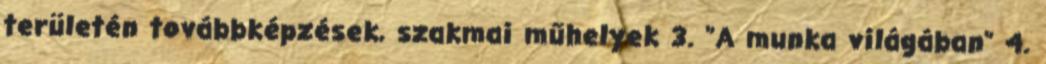
területén továbbképzések, szakmai műhelyek 3. "A munka világában" 4.